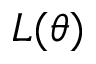
L ( \theta )